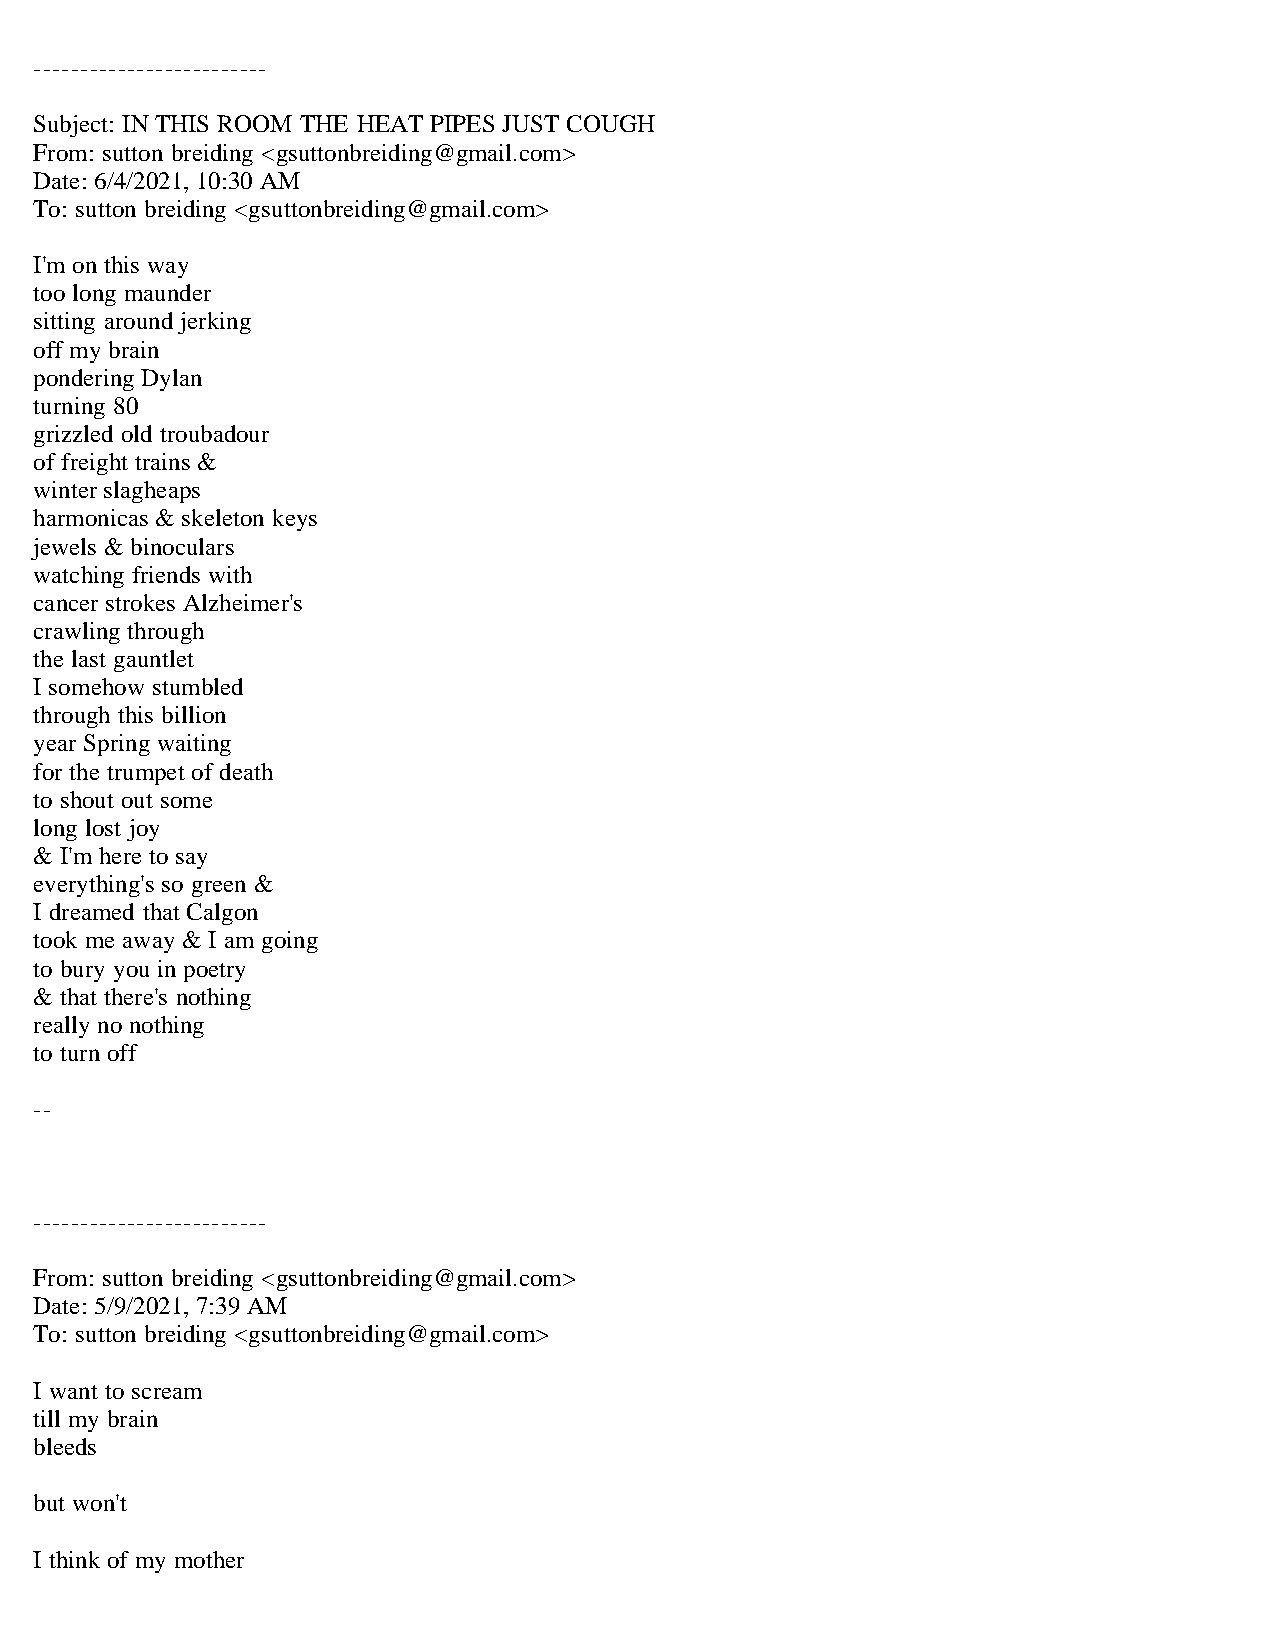
-------------------------
 Subject: IN THIS ROOM THE HEAT PIPES JUST COUGH
 From: sutton breiding <gsuttonbreiding@gmail.com>
 Date: 6/4/2021, 10:30 AM
 To: sutton breiding <gsuttonbreiding@gmail.com>
 I'm on this way
 too long maunder
 sitting around jerking
 off my brain
 pondering Dylan
 turning 80
 grizzled old troubadour
 of freight trains &
 winter slagheaps
 harmonicas & skeleton keys
 jewels & binoculars
 watching friends with
 cancer strokes Alzheimer's
 crawling through
 the last gauntlet
 I somehow stumbled
 through this billion
 year Spring waiting
 for the trumpet of death
 to shout out some
 long lost joy
 & I'm here to say
 everything's so green &
 I dreamed that Calgon
 took me away & I am going
 to bury you in poetry
 & that there's nothing
 really no nothing
 to turn off
 --
 -------------------------
 From: sutton breiding <gsuttonbreiding@gmail.com>
 Date: 5/9/2021, 7:39 AM
 To: sutton breiding <gsuttonbreiding@gmail.com>
 I want to scream
 till my brain
 bleeds
 but won't
 I think of my mother